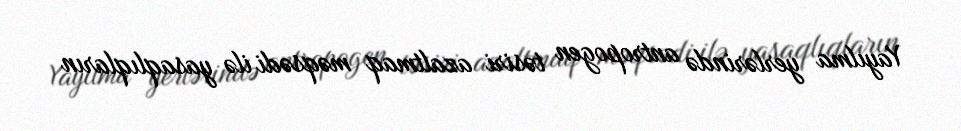
Yayılma yerlərində antropogen təsiri azaltmaq məqsədi ilə yasaqlıqların